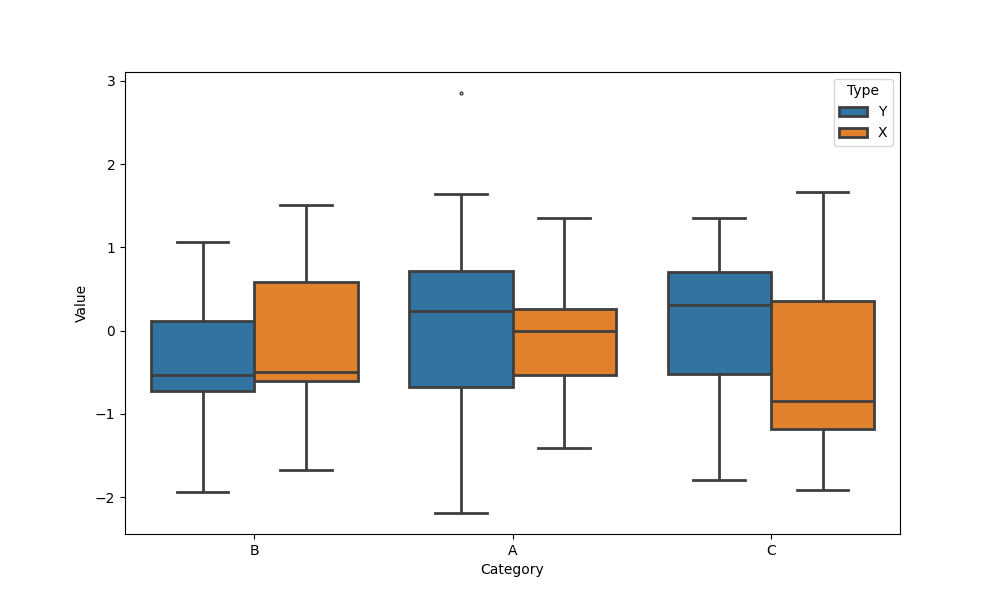
python, seaborn, boxplot, width=0.8, linewidth=2, fliersize=2, notch=False